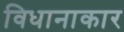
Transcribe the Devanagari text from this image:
विधानाकार